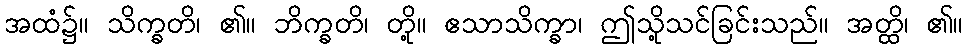
အထံ၌။ သိက္ခတိ၊ ၏။ ဘိက္ခတိ၊ တို့။ ဧသာသိက္ခာ၊ ဤသို့သင်ခြင်းသည်။ အတ္ထိ၊ ၏။